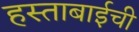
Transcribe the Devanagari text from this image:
हस्ताबाईची